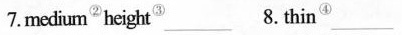
7mecium height" _________8.thin____________